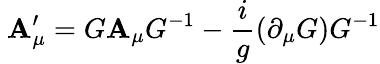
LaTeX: \ \mathbf{A}_{\mu}^{\prime}=G\mathbf{A}_{\mu}G^{-1}-{\frac{{i}}{{g}}}(\partial_{\mu}G)G^{-1}